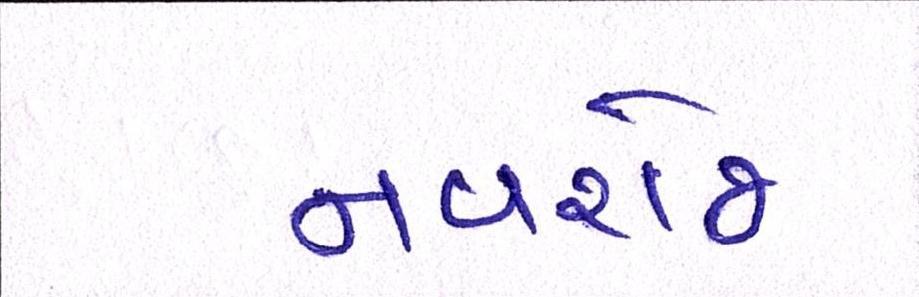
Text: નવરોજ